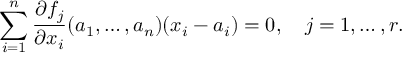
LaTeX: \sum _ { i = 1 } ^ { n } { \frac { \partial f _ { j } } { \partial { x _ { i } } } } ( a _ { 1 } , \dots , a _ { n } ) ( x _ { i } - a _ { i } ) = 0 , \quad j = 1 , \dots , r .